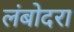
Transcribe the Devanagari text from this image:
लंबोदरा